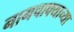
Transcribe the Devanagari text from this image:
नागचाफ्याच्या